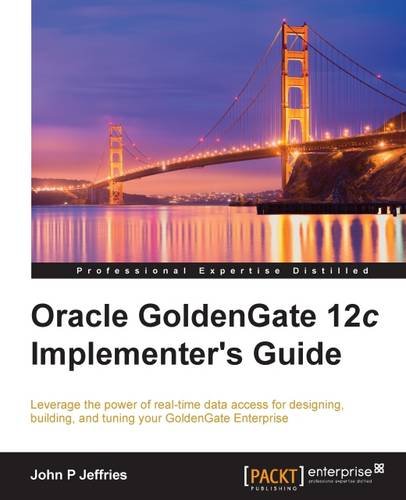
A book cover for Oracle GoldenGate 12c Implementer's Guide; John P Jeffries; Computers & Technology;